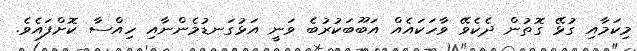
މިކަމާއި ގުޅޭ ގޮތުން ދެކެވޭ ވާހަކައެއް އަބޫބަކުރުބެ ވަނީ އަޅުގަނޑުމެންނާއި ހިއްސާ ކޮށްފައެވެ.